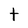
Character: t